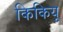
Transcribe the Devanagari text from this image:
किकियू